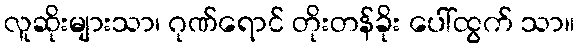
လူဆိုးများသာ၊ ဂုဏ်ရောင် တိုးတန်ခိုး ပေါ်ထွက် သာ။